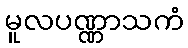
မူလပဏ္ဏာသကံ